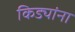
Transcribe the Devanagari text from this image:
किड्यांना